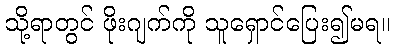
သို့ရာတွင် ဖိုးဂျက်ကို သူရှောင်ပြေး၍မရ။